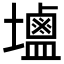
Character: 𮭭